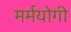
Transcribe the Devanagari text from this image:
मर्मयोगी